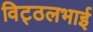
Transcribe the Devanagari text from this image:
विट्‍ठलभाई